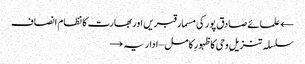
← علمائے صادق پور کی مسمار قبریں اور بھارت کا نظام انصاف
سلسلہ تنزیلِ وحی کا ظہورِ کامل – اداریہ →